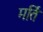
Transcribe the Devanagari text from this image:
मर्ति